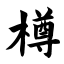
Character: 樽